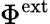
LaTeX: \Phi^{\mathrm{ext}}